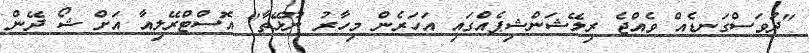
"ދުވަސްގަނޑެއް ވެއްޖެ ރިލޭޝަންޝިޕެއްގައި އަހަރެން މިހާރު ނޫޅޭތާ" އޮސްޓްރޭލިއާ އަށް ޝޯ ދޭން